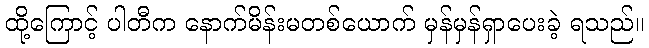
ထို့ကြောင့် ပါတီက နောက်မိန်းမတစ်ယောက် မှန်မှန်ရှာပေးခဲ့ ရသည်။